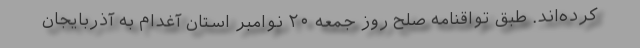
کرده‌اند. طبق تواقنامه صلح روز جمعه ۲۰ نوامبر استان آغدام به آذربایجان